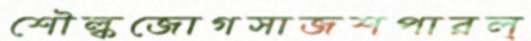
শৌল্কজোগসাজশপারল্